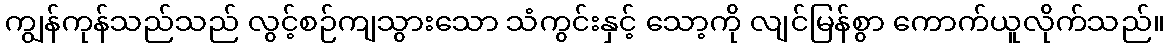
ကျွန်ကုန်သည်သည် လွင့်စဉ်ကျသွားသော သံကွင်းနှင့် သော့ကို လျင်မြန်စွာ ကောက်ယူလိုက်သည်။